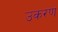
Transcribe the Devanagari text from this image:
उकरण